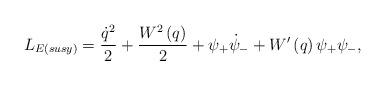
LaTeX: \begin{align*}L_{E({susy}) }=\frac{\dot{q}^{2}}{2}+\frac{W^{2}\left( q\right) }{2}+\psi_{+}\dot{\psi}_{-}+W^{\prime }\left( q\right) \psi _{+}\psi _{-} ,\end{align*}